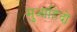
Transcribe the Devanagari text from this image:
मुआहिदों